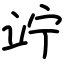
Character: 竚